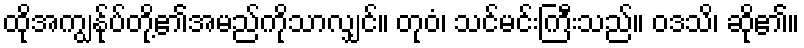
ထိုအကျွန်ုပ်တို့၏အမည်ကိုသာလျှင်။ တုဝံ၊ သင်မင်းကြီးသည်။ ဝဒသိ၊ ဆို၏။